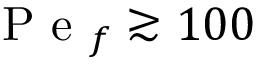
\mathrm { ~ P ~ e ~ } _ { f } \gtrsim 1 0 0